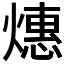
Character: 𬋅